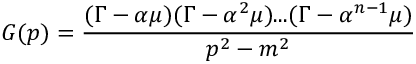
G ( p ) = \frac { ( \Gamma - \alpha \mu ) ( \Gamma - \alpha ^ { 2 } \mu ) . . . ( \Gamma - \alpha ^ { n - 1 } \mu ) } { p ^ { 2 } - m ^ { 2 } }